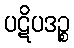
ပဋိပဒဉ္စ